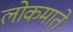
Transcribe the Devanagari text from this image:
लोकमाते